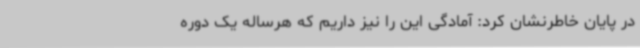
در پایان خاطرنشان کرد: آمادگی این را نیز داریم که هرساله یک دوره